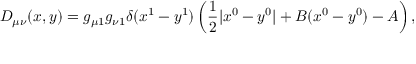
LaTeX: D _ { \mu \nu } ( x , y ) = g _ { \mu 1 } g _ { \nu 1 } \delta ( x ^ { 1 } - y ^ { 1 } ) \left( { \frac { 1 } { 2 } | x ^ { 0 } - y ^ { 0 } | + B ( x ^ { 0 } - y ^ { 0 } ) - A } \right) ,